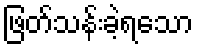
ဖြတ်သန်းခဲ့ရသော